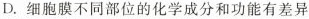
D. 细胞膜不同部位的化学成分和功能有差异